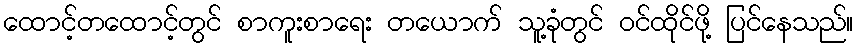
ထောင့်တထောင့်တွင် စာကူးစာရေး တယောက် သူ့ခုံတွင် ဝင်ထိုင်ဖို့ ပြင်နေသည်။